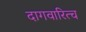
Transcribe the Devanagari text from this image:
दागवारित्च